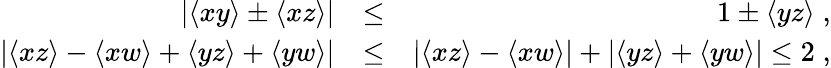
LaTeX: \begin{array}{rlr}{|\langle xy\rangle\pm\langle xz\rangle|}&{\le}&{1\pm\langle yz\rangle\; ,}\\ {|\langle xz\rangle-\langle xw\rangle+\langle yz\rangle+\langle yw\rangle|}&{\le}&{|\langle xz\rangle-\langle xw\rangle|+|\langle yz\rangle+\langle yw\rangle|\le 2\; ,}\end{array}